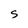
Character: S